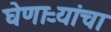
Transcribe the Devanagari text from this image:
घेणाऱ्यांचा